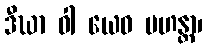
ဒီဃာ ဝါ ယေဝ မဟန္တာ၊